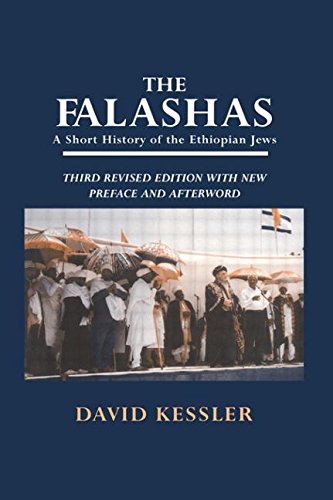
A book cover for The Falashas: A Short History of the Ethiopian Jews; David F. Kessler; History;